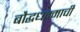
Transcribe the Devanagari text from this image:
बौद्धधम्माची